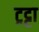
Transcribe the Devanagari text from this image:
ट्रट्टा